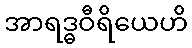
အာရဒ္ဓဝီရိယေဟိ